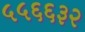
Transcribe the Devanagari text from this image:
५५६६३२